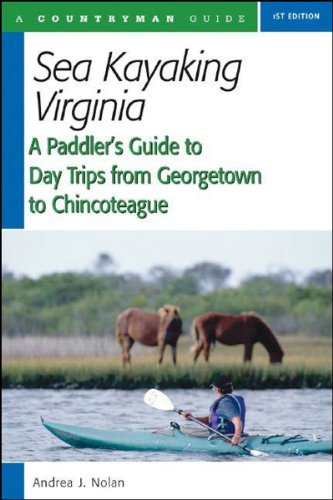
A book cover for Sea Kayaking Virginia: A Paddler's Guide to Day Trips from Georgetown to Chincoteague; Andrea Nolan; Sports & Outdoors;